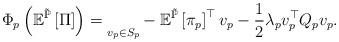
LaTeX: \begin{align*}\Phi_{p}\left(\mathbb{E}^{\tilde{\mathbb{P}}}\left[\Pi\right]\right)=\underset{v_{p}\in S_{p}}{}-\mathbb{E}^{\tilde{\mathbb{P}}}\left[\pi_{p}\right]^{\top}v_{p}-\frac{1}{2}\lambda_{p}v_{p}^{\top}Q_{p}v_{p}.\end{align*}